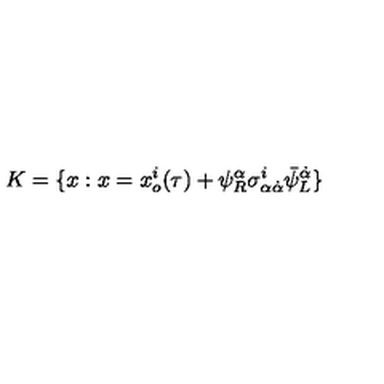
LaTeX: { K } = \{ x : x = x _ { o } ^ { i } ( \tau ) + \psi _ { R } ^ { \alpha } \sigma _ { \alpha \dot { \alpha } } ^ { i } \bar { \psi } _ { L } ^ { \dot { \alpha } } \}